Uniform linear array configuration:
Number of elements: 12
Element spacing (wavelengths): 1
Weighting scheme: cosine
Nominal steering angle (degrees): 15
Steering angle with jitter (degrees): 16.507
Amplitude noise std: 0.05
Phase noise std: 0.05

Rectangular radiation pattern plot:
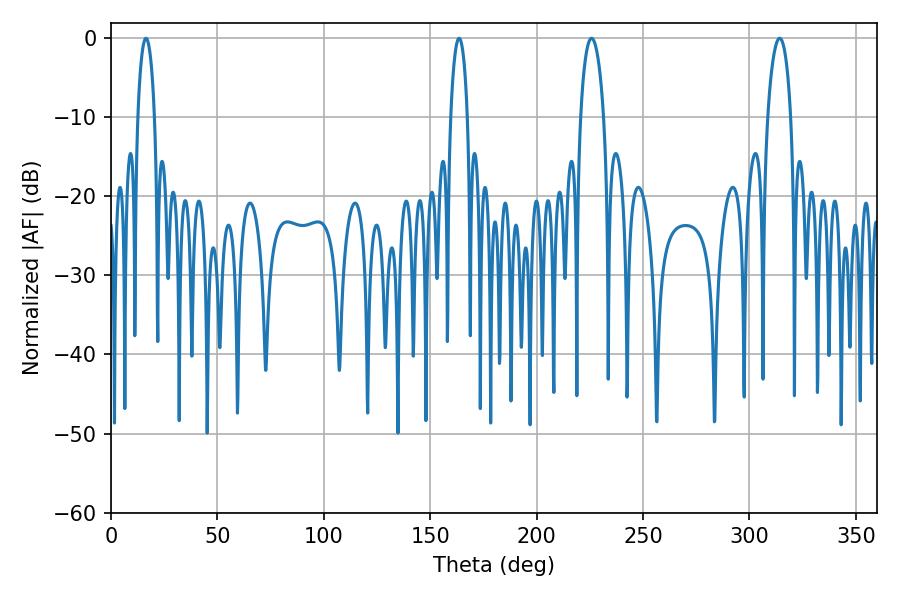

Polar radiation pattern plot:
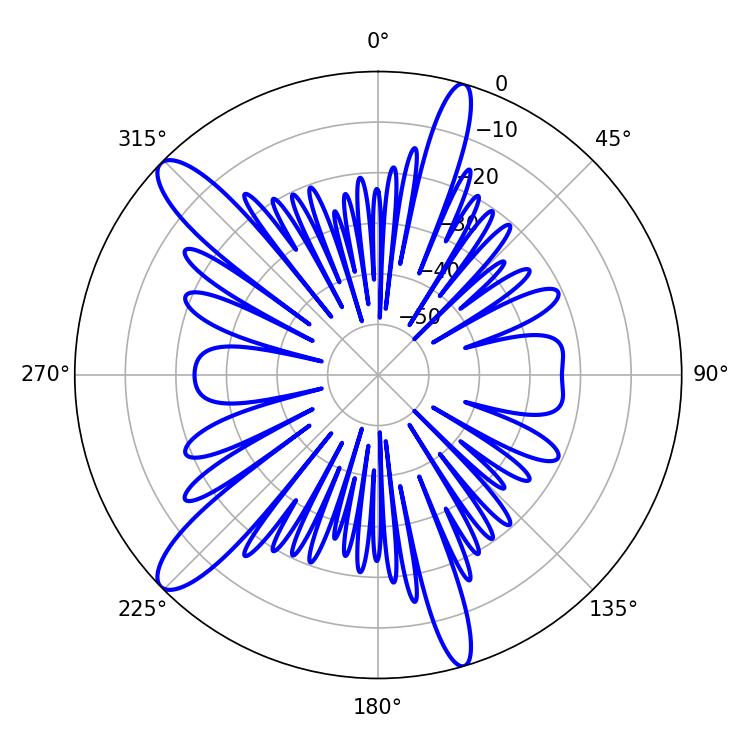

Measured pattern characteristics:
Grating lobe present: TRUE
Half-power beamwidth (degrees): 4.5
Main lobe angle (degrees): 163.62